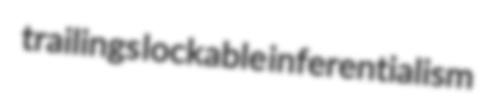
trailings lockable inferentialism